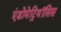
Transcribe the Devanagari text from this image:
एंडोमेट्रियॉसिस